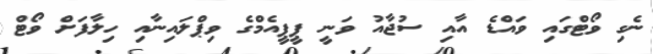
ނެގި ވޯޓްގައި ވައްޑެ އާއި ސުޖާއު ވަނީ ޕީޕީއެމްގެ ވިޕްލައިނާއި ހިލާފަށް ވޯޓް